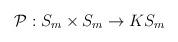
LaTeX: \begin{align*}{\cal P}:S_m \times S_m \rightarrow KS_m \hspace{1in}\end{align*}